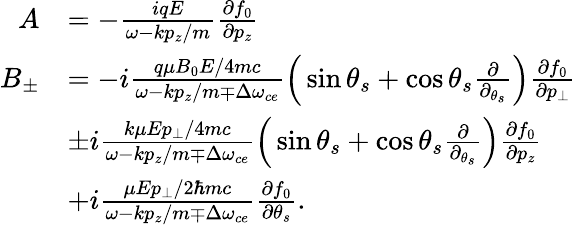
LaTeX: \begin{array}{rl}{A}&{=-\frac{iqE}{\omega-kp_{z}/m}\frac{\partial f_{0}}{\partial p_{z}}}\\ {B_{\pm}}&{=-i\frac{q\mu B_{0}E/4mc}{\omega-kp_{z}/m\mp\Delta\omega_{ce}}\Big(\sin\theta_{s}+\cos\theta_{s}\frac{\partial}{\partial_{\theta_{s}}}\Big)\frac{\partial f_{0}}{\partial p_{\bot}}}\\ &{\pm i\frac{k\mu Ep_{\bot}/4mc}{\omega-kp_{z}/m\mp\Delta\omega_{ce}}\Big(\sin\theta_{s}+\cos\theta_{s}\frac{\partial}{\partial_{\theta_{s}}}\Big)\frac{\partial f_{0}}{\partial p_{z}}}\\ &{+i\frac{\mu Ep_{\bot}/2\hbar mc}{\omega-kp_{z}/m\mp\Delta\omega_{ce}}\frac{\partial f_{0}}{\partial\theta_{s}}.}\end{array}